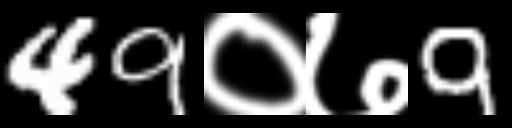
Text: 49०७9